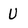
Character: u